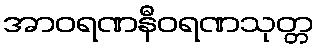
အာဝရဏနီဝရဏသုတ္တ